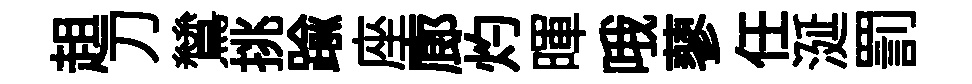
趄刀鷥挑踰座廊灼暉哦蓼任涎罰